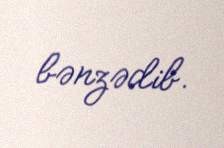
bənzədib.